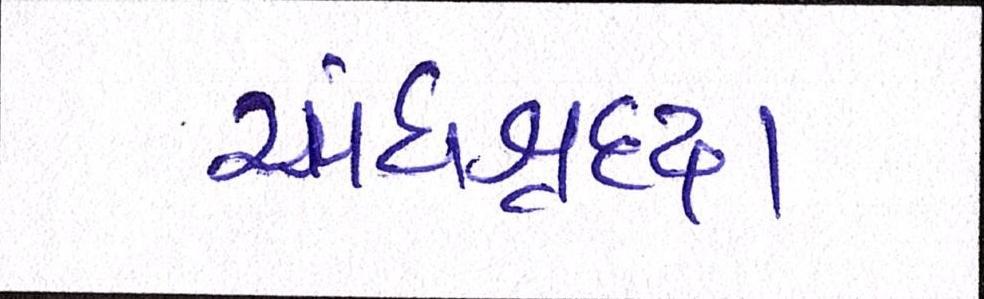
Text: અંધશ્રદ્ધા